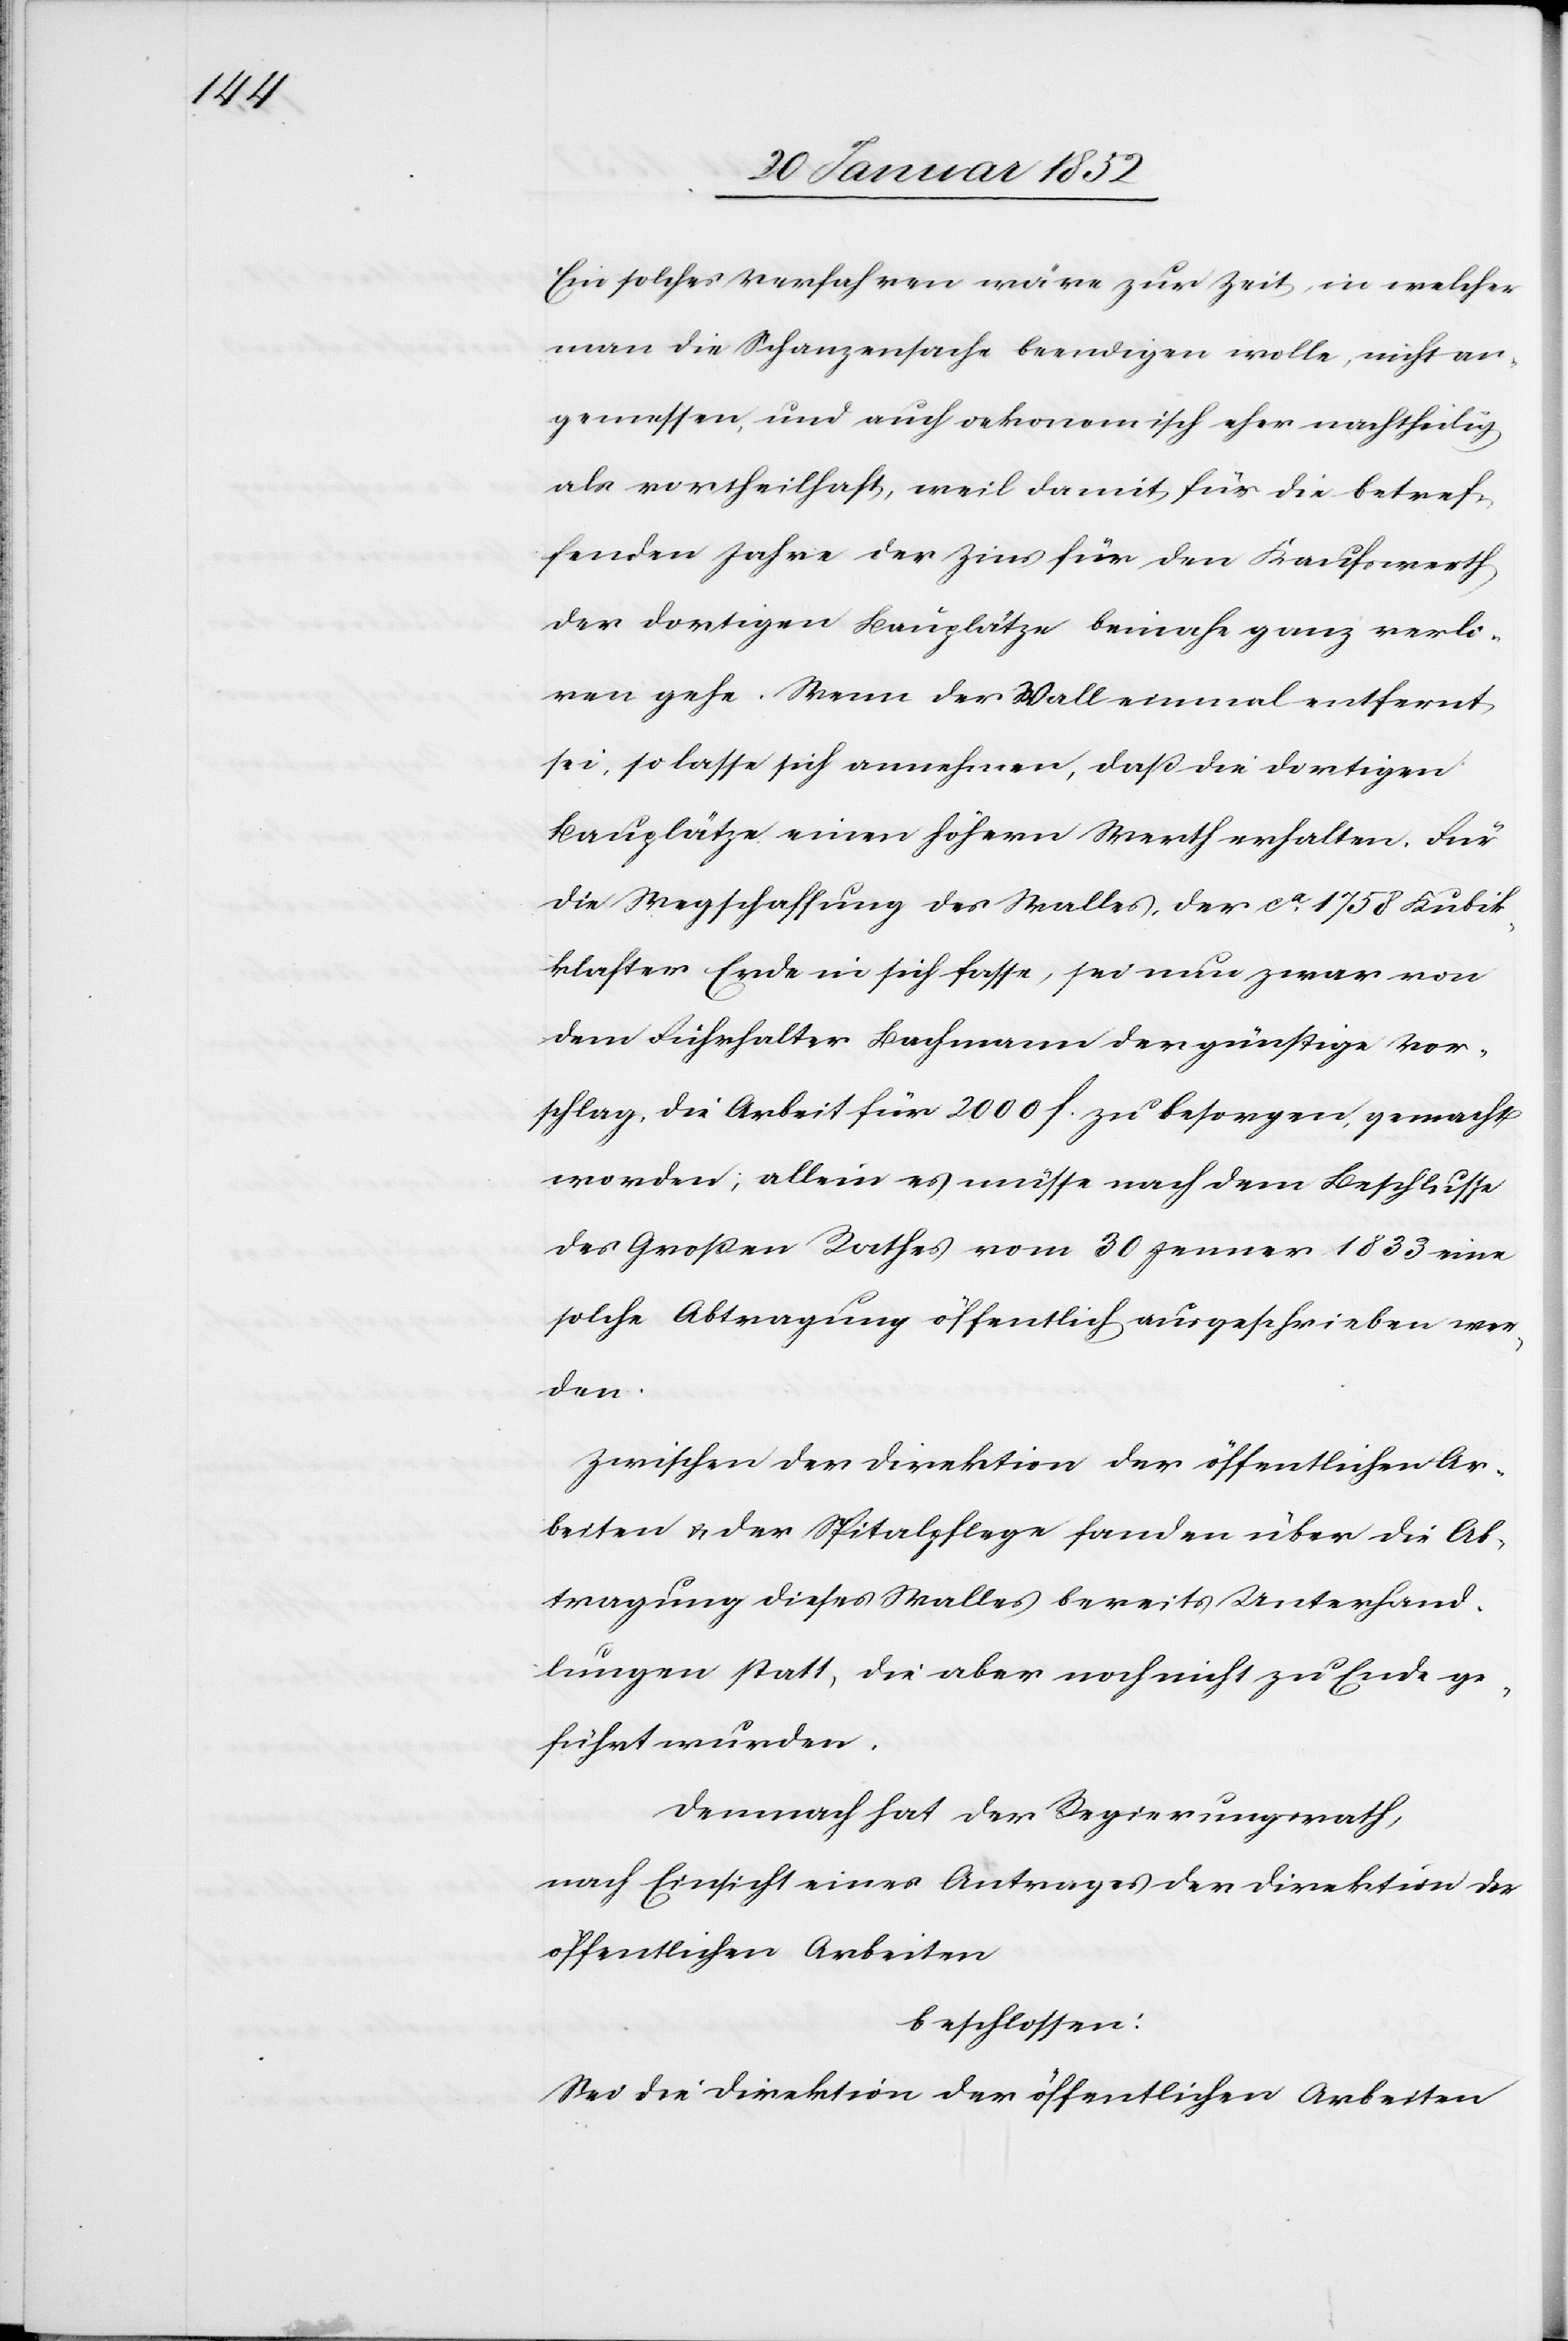
Ein solches Verfahren wäre zur Zeit, in welcher
man die Schanzensache beendigen wolle, nicht an¬
gemessen, und auch oekonomisch eher nachtheilig
als vortheilhaft, weil damit für die betref¬
fenden Jahre der Zins für den Kaufwerth
der dortigen Bauplätze beinahe ganz verlo¬
ren gehe. Wenn der Wall einmal entfernt
sei, so lasse sich annehmen, daß die dortigen
Bauplätze einen höhern Werth erhalten. Für
die Wegschaffung des Walles, der ca 1758 Kubik¬
klafter Erde in sich fasse, sei nun zwar von
dem Führhalter Bachmann der günstige Vor¬
schlag, die Arbeit für 2000 f. zu besorgen, gemacht
worden; allein es müsse nach dem Beschlusse
des Großen Rathes vom 30 Jenner 1833 eine
solche Abtragung öffentlich ausgeschrieben wer¬
den.
Zwischen der Direktion der öffentlichen Ar¬
beiten u. der Spitalpflege fanden über die Ab¬
tragung dieses Walles bereits Unterhand¬
lungen statt, die aber noch nicht zu Ende ge¬
führt wurden.
Demnach hat der Regierungsrath,
nach Einsicht eines Antrages der Direktion der
öffentlichen Arbeiten,
beschlossen:
Sei die Direktion der öffentlichen Arbeiten